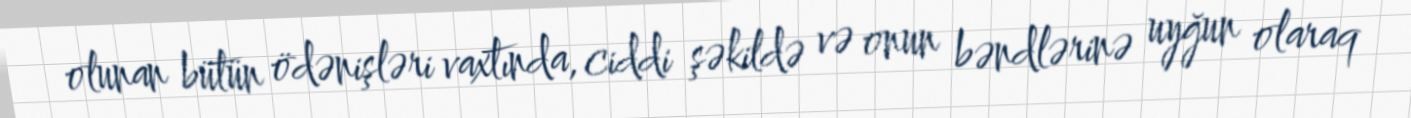
olunan bütün ödənişləri vaxtında, ciddi şəkildə və onun bəndlərinə uyğun olaraq